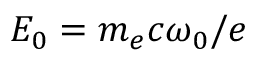
E _ { 0 } = m _ { e } c \omega _ { 0 } / e